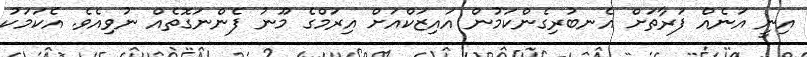
އިނީ އަނެއް ފަރާތަށް އެނބުރިގެންކަމުން އައިޒަކްއަށް އިރަމްގެ މޫނު ފެންނަގޮތެއް ނުވިއެވެ. އެކަމަކު